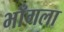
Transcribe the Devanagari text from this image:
भाँगला